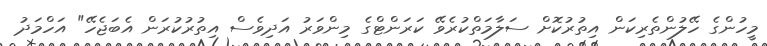
މީހުންގެ ހޭލުންތެރިކަން އިތުރުކޮށް ސަލާމަތްކުރެވޭ ކަރަންޓްގެ މިންވަރު އަދިވެސް އިތުރުކުރަން އެބަޖެހޭ" އަހްމަދު